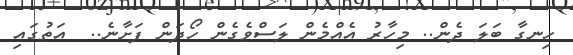
ހިނގާ ބަލަ ދެން.. މިހާރު އެއްމެން ލަސްވެގެން ހޯދަން ފަށާނެ..  އަތުގައި